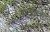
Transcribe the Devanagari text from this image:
मुस्साबिरा